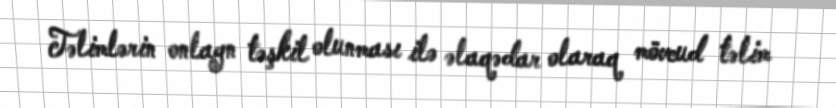
Təlimlərin onlayn təşkil olunması ilə əlaqədar olaraq mövcud təlim